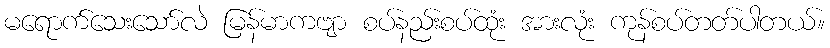
မရောက်သေးသော်လဲ မြန်မာကဗျာ စပ်နည်းစပ်ထုံး အားလုံး ကုန်စပ်တတ်ပါတယ်။